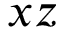
x z